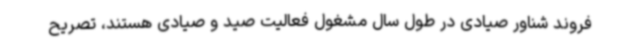
فروند شناور صیادی در طول سال مشغول فعالیت صید و صیادی هستند، تصریح